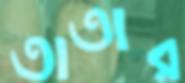
তাতার